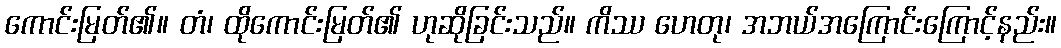
ကောင်းမြတ်၏။ တံ၊ ထိုကောင်းမြတ်၏ ဟုဆိုခြင်းသည်။ ကိဿ ဟေတု၊ အဘယ်အကြောင်းကြောင့်နည်း။